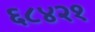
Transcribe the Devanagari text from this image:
६८४२१